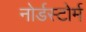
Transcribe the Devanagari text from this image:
नोर्डस्टोर्म